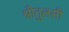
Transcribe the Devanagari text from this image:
श्रीतुलसी